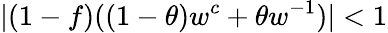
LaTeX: |(1-f)((1-\theta)w^{c}+\theta w^{-1})|<1